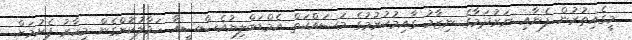
މީގެއިތުރުން ފެނާއި ނަރުދަމާގެ ނިޒާމު ގާއިމުކުރުމުގެ މަސައްކަތް އެމްޑަބްލިޔުއެސްސީއާ ހަވާލުކޮށްގެން މިހާރު ފެށުމަށް